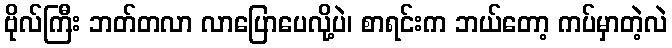
ဗိုလ်ကြီး ဘတ်တလာ လာပြောပေလို့ပဲ၊ စာရင်းက ဘယ်တော့ ကပ်မှာတဲ့လဲ